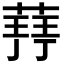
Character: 𮐥